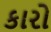
કારો